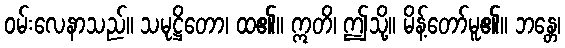
ဝမ်းလေနာသည်။ သမုဋ္ဌိတော၊ ထ၏။ ဣတိ၊ ဤသို့။ မိန့်တော်မူ၏။ ဘန္တေ၊